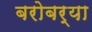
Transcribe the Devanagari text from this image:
बरोबर्‍या